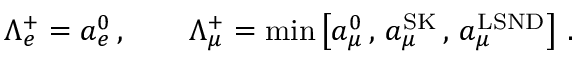
\Lambda _ { e } ^ { + } = a _ { e } ^ { 0 } \, , \qquad \Lambda _ { \mu } ^ { + } = \operatorname * { m i n } \left[ a _ { \mu } ^ { 0 } \, , \, a _ { \mu } ^ { \mathrm { S K } } \, , \, a _ { \mu } ^ { \mathrm { L S N D } } \right] \, .